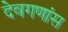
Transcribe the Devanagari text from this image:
देवगणांस